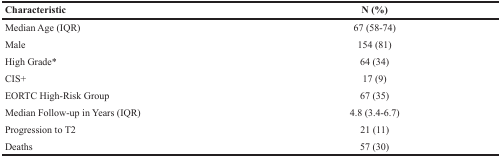
<table><thead><tr><td><b>Characteristic</b></td><td><b>N (%)</b></td></tr></thead><tbody><tr><td>Median Age (IQR)</td><td>67 (58-74)</td></tr><tr><td>Male</td><td>154 (81)</td></tr><tr><td>High Grade*</td><td>64 (34)</td></tr><tr><td>CIS+</td><td>17 (9)</td></tr><tr><td>EORTC High-Risk Group</td><td>67 (35)</td></tr><tr><td>Median Follow-up in Years (IQR)</td><td>4.8 (3.4-6.7)</td></tr><tr><td>Progression to T2</td><td>21 (11)</td></tr><tr><td>Deaths</td><td>57 (30)</td></tr></tbody></table>